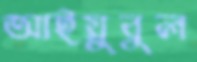
আইয়ুবুল